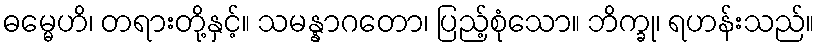
ဓမ္မေဟိ၊ တရားတို့နှင့်။ သမန္နာဂတော၊ ပြည့်စုံသော။ ဘိက္ခု၊ ရဟန်းသည်။